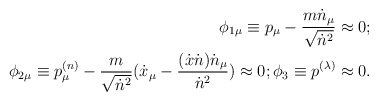
\begin{align*}\phi_{1\mu} \equiv p_\mu -{{m\dot n_\mu}\over {\sqrt{\dot n^2}}}\approx 0;\\\phi_{2\mu} \equiv p^{(n)}_\mu - {m\over {\sqrt{\dot n^2}}}({\dot x}_\mu - {{(\dot x\dot n){\dot n}_\mu}\over {{\dot n}^2}})\approx 0;\phi_3 \equiv p^{(\lambda)} \approx 0.\end{align*}